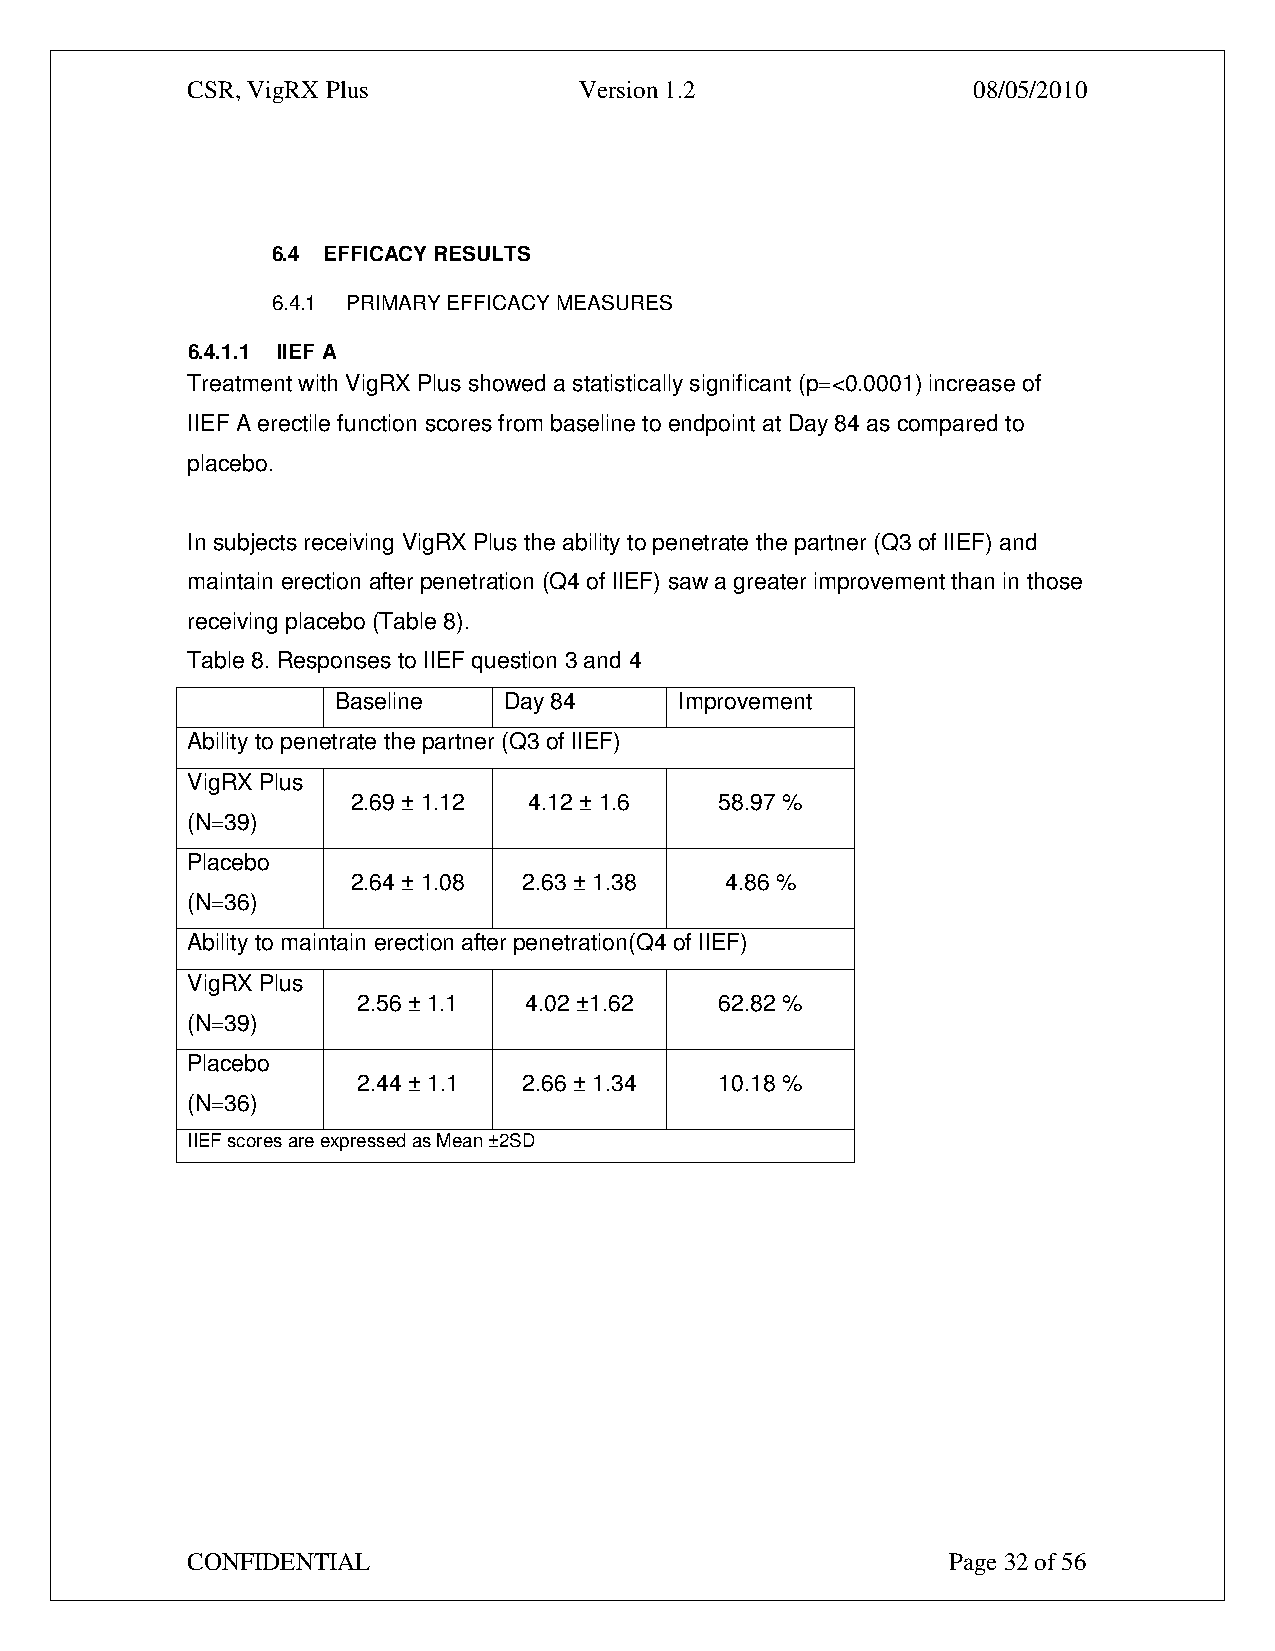
CSR, VigRX Plus           Version 1.2               08/05/2010
 6.4 EFFICACY RESULTS
 6.4.1 PRIMARY EFFICACY MEASURES
 6.4.1.1 IIEF A
 Treatment with VigRX Plus showed a statistically significant (p=<0.0001) increase of
 IIEF A erectile function scores from baseline to endpoint at Day 84 as compared to
 placebo.
 In subjects receiving VigRX Plus the ability to penetrate the partner (Q3 of IIEF) and
 maintain erection after penetration (Q4 of IIEF) saw a greater improvement than in those
 receiving placebo (Table 8).
 Table 8. Responses to IIEF question 3 and 4
 Baseline   Day 84      Improvement
 Ability to penetrate the partner (Q3 of IIEF)
 VigRX Plus
 2.69 ± 1.12 4.12 ± 1.6   58.97 %
 (N=39)
 Placebo
 2.64 ± 1.08 2.63 ± 1.38  4.86 %
 (N=36)
 Ability to maintain erection after penetration(Q4 of IIEF)
 VigRX Plus
 2.56 ± 1.1 4.02 ±1.62   62.82 %
 (N=39)
 Placebo
 2.44 ± 1.1 2.66 ± 1.34  10.18 %
 (N=36)
 IIEF scores are expressed as Mean ±2SD
 CONFIDENTIAL                                       Page 32 of 56